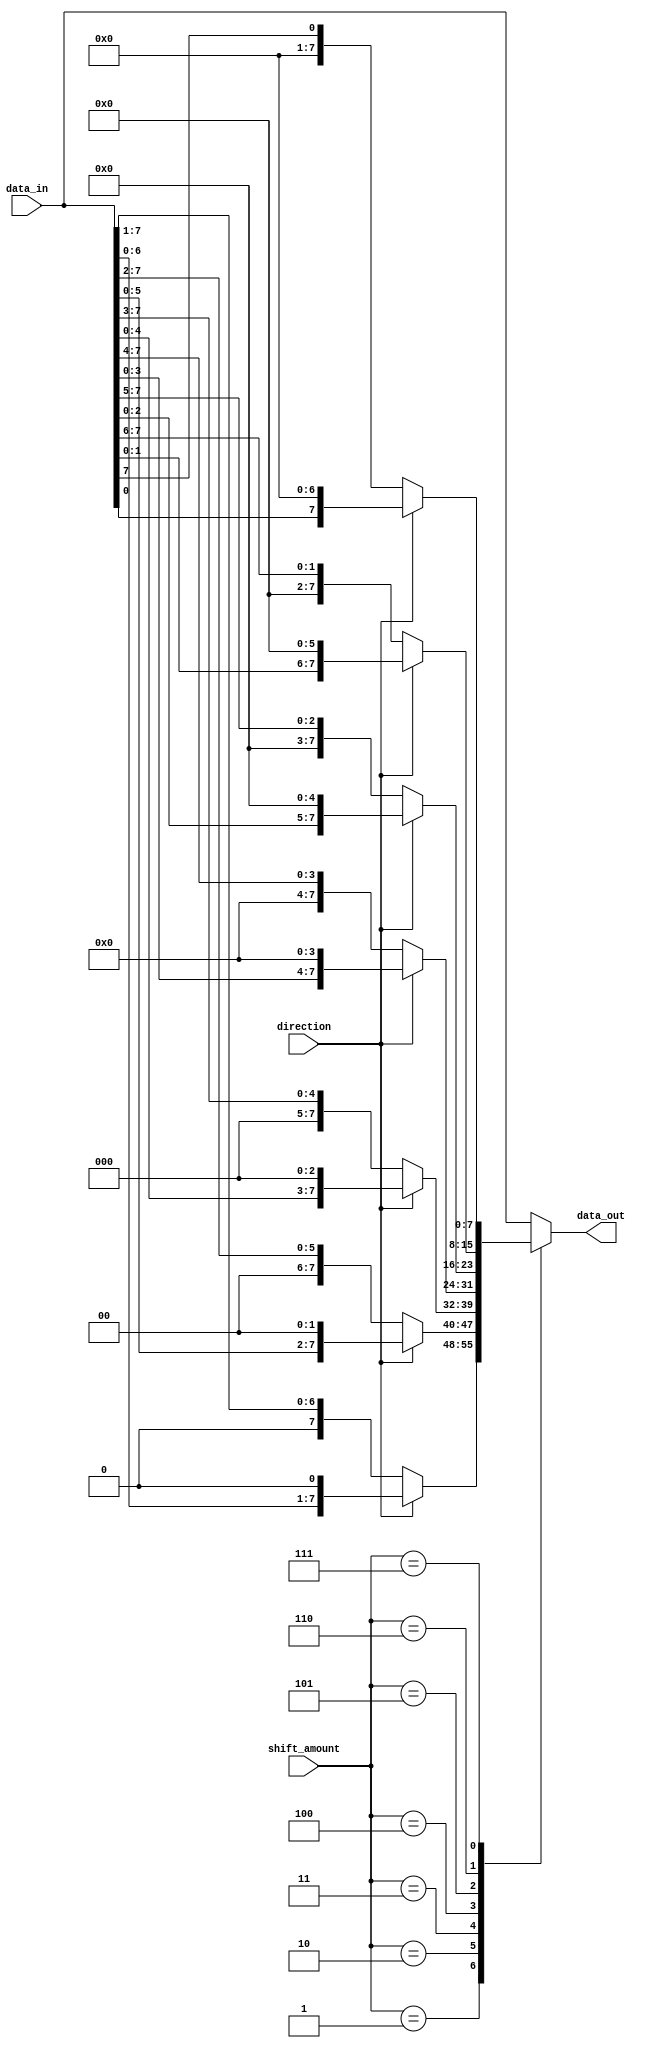
module SparseBarrelShifter (
    input [7:0] data_in,
    input [3:0] shift_amount,
    input direction,
    output reg [7:0] data_out
);
  
  always @(*) begin
    case(shift_amount)
      0: data_out = data_in;
      1: data_out = (direction) ? data_in << 1 : data_in >> 1;
      2: data_out = (direction) ? data_in << 2 : data_in >> 2;
      3: data_out = (direction) ? data_in << 3 : data_in >> 3;
      4: data_out = (direction) ? data_in << 4 : data_in >> 4;
      5: data_out = (direction) ? data_in << 5 : data_in >> 5;
      6: data_out = (direction) ? data_in << 6 : data_in >> 6;
      7: data_out = (direction) ? data_in << 7 : data_in >> 7;
      default: data_out = data_in;
    endcase
  end
  
endmodule